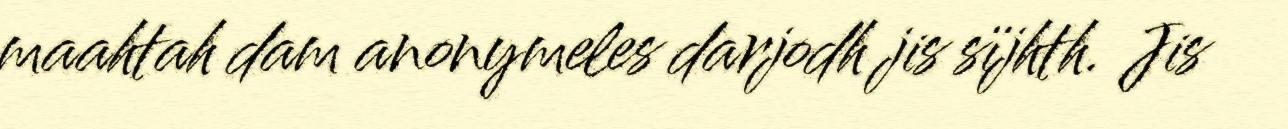
maahtah dam anonymeles darjodh jis sïjhth. Jis